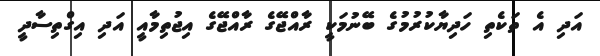
އަދި އެ ތަކެތި ހަދިޔާކުރުމުގެ ބޭނުމަކީ ރާއްޖޭގެ ރާއްޖޭގެ އިޖުތިމާއީ އަދި އިގްތިސާދީ